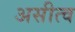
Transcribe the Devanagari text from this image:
असीत्व